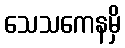
သေသကေနမှိ